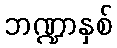
ဘဏ္ဍာနှစ်